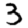
Digit: 3